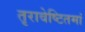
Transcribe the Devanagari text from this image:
तृरावेष्टितमां